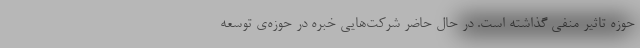
حوزه تاثیر منفی گذاشته است. در حال حاضر شرکت‌هایی خبره در حوزه‌ی توسعه